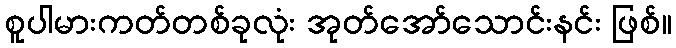
စူပါမားကတ်တစ်ခုလုံး အုတ်အော်သောင်းနင်း ဖြစ်။